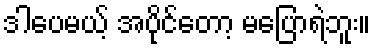
ဒါပေမယ့် အပိုင်တော့ မပြောရဲဘူး။